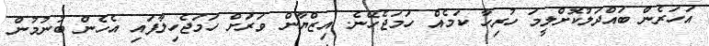
އަހަރެން ބައްދަލުކޮށްލީމަ ހުރިހާ ކަމެއް ހަމަޖެހޭނެ. އިޒްޔާން ވަރަށް ހަމަޖެހިލާފައި އެހެން ބުނުމުން